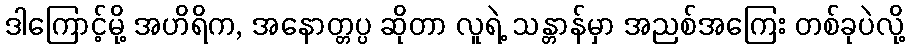
ဒါကြောင့်မို့ အဟိရိက, အနောတ္တပ္ပ ဆိုတာ လူရဲ့ သန္တာန်မှာ အညစ်အကြေး တစ်ခုပဲလို့